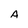
Character: A